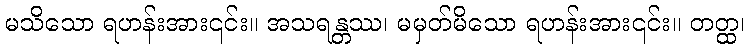
မသိသော ရဟန်းအား၎င်း။ အသရန္တဿ၊ မမှတ်မိသော ရဟန်းအား၎င်း။ တတ္ထ၊